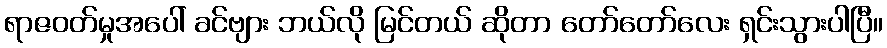
ရာဇဝတ်မှုအပေါ် ခင်ဗျား ဘယ်လို မြင်တယ် ဆိုတာ တော်တော်လေး ရှင်းသွားပါပြီ။